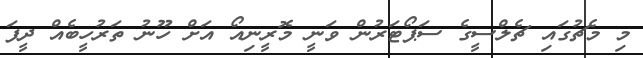
މި މެޗުގައި ޗެލްސީގެ ސަޕޯޓަރުން ވަނީ މޮރީނިއޯ އަށް ހޫނު ތަރުހީބެއް ދީފަ